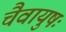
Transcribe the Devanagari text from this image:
चैवायुषः